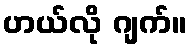
ဟယ်လို ဂျက်။